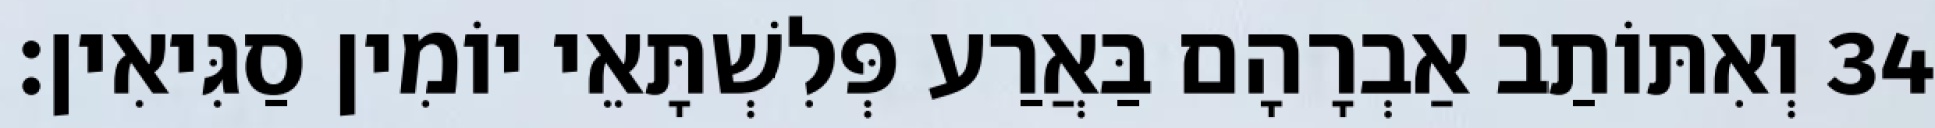
34 וְאִתּוֹתַב אַבְרָהָם בַּאֲרַע פְּלִשְׁתָּאֵי יוֹמִין סַגִּיאִין׃